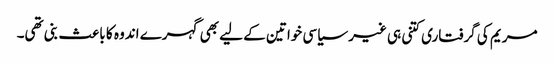
مریم کی گرفتاری کتنی ہی غیر سیاسی خواتین کے لیے بھی گہرے اندوہ کا باعث بنی تھی۔